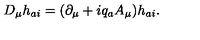
D _ { \mu } h _ { a i } = ( \partial _ { \mu } + i q _ { a } A _ { \mu } ) h _ { a i } .